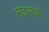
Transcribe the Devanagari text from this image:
लढल्याने